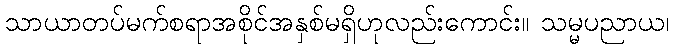
သာယာတပ်မက်စရာအစိုင်အနှစ်မရှိဟုလည်းကောင်း။ သမ္မပညာယ၊